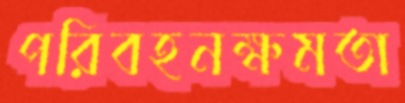
পরিবহনক্ষমতা